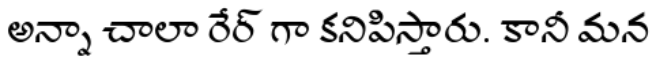
అన్నా చాలా రేర్ గా కనిపిస్తారు. కానీ మన